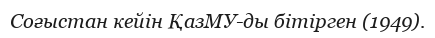
Соғыстан кейін ҚазМУ-ды бітірген (1949).